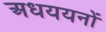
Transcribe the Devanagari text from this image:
अधययनों